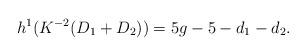
LaTeX: \begin{align*}h^1(K^{-2}(D_1+D_2)) = 5g-5 -d_1-d_2.\end{align*}